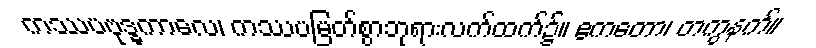
ကဿပဗုဒ္ဓကာလေ၊ ကဿပမြတ်စွာဘုရားလက်ထက်၌။ ဧကတော၊ တကွနက်။